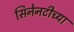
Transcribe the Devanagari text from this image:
सिनेनटीच्या